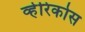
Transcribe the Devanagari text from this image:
व्हेरिकोस